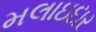
મલાઇદાર